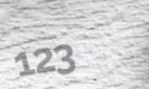
123